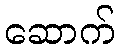
ဆောက်